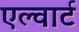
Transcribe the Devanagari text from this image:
एल्वार्ट